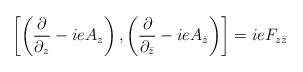
LaTeX: \begin{align*}\left[\left(\frac{\partial}{\partial_z} -ieA_z\right), \left(\frac{\partial}{\partial_{\bar z}} - ieA_{\bar z}\right)\right] = ieF_{z\bar z}\end{align*}